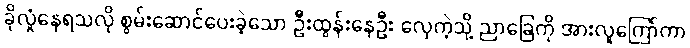
ခိုလှုံနေရသလို စွမ်းဆောင်ပေးခဲ့သော ဦးထွန်းနေဦး လှေကဲ့သို့ ညာခြေကို အားလူကြော်ကာ